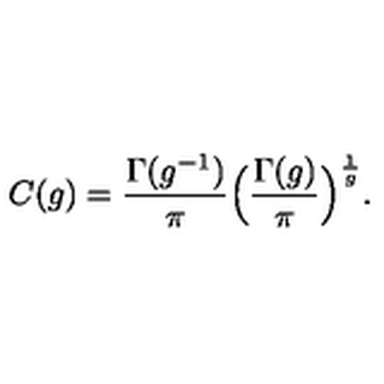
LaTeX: C ( g ) = \frac { \Gamma ( g ^ { - 1 } ) } { \pi } \Big ( \frac { \Gamma ( g ) } { \pi } \Big ) ^ { \frac { 1 } { g } } .